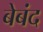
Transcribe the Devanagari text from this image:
बेबंद